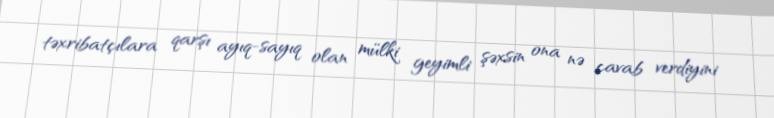
təxribatçılara qarşı ayıq-sayıq olan mülki geyimli şəxsin ona nə cavab verdiyini